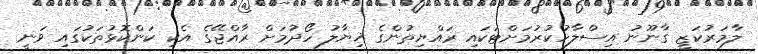
ލާމަރުކަޒީ ގާނޫނު އިސްލާހުކުރުމަށްޓަކައި ރައްޔިތުންގެ ޚިޔާލު ހޯދުމަށް ރާއްޖޭގެ އެކި ކަންކޮޅުތަކުގައި ވަނީ